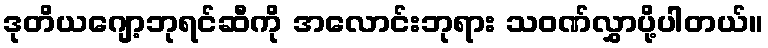
ဒုတိယဂျော့ဘုရင်ဆီကို အလောင်းဘုရား သဝဏ်လွှာပို့ပါတယ်။